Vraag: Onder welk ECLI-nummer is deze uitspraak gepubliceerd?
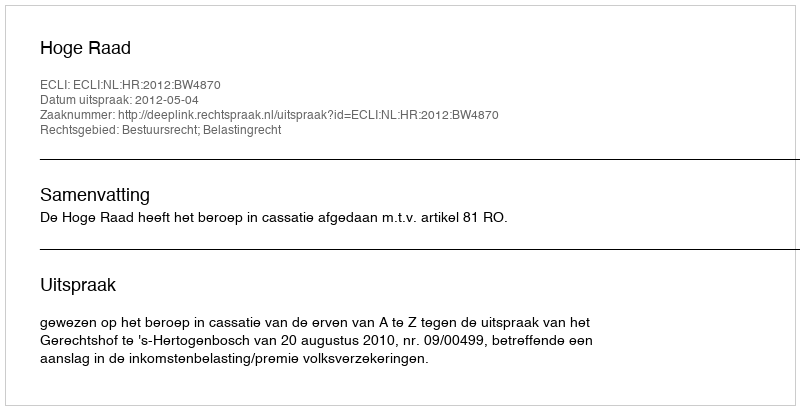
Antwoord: ECLI:NL:HR:2012:BW4870